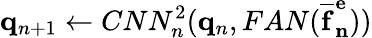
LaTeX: \mathbf{q}_{n+1}\leftarrow CNN_{n}^{2}(\mathbf{q}_{n},FAN(\mathbf{\overline{{f}}_{n}^{e}}))